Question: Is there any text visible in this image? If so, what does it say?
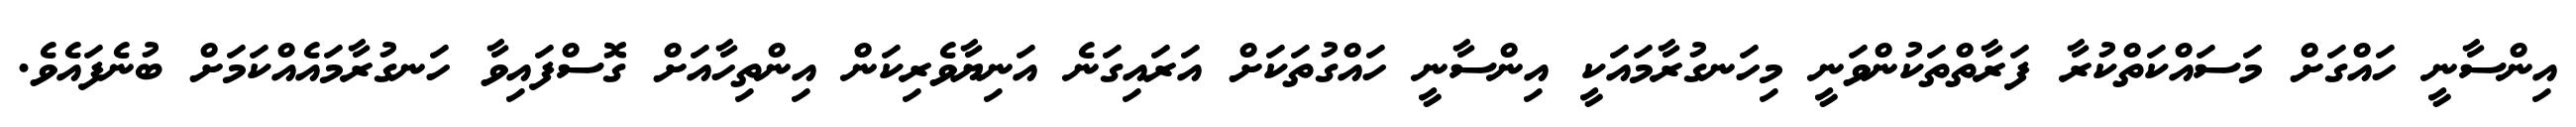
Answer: އިންސާނީ ހައްގަށް މަސައްކަތްކުރާ ފަރާތްތަކުންވަނީ މިހަނގުރާމައަކީ އިންސާނީ ހައްގުތަކަށް އަރައިގަނެ އަނިޔާވެރިކަން އިންތިހާއަށް ގޮސްފައިވާ ހަނގުރާމައެއްކަމަށް ބުނެފައެވެ.